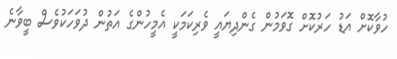
ހުވާކޮށް އަޑު ހަރުކޮށް ގޮވަމުން ގެންދިޔައީ ވެރިކަމަކީ އެމީހުންގެ އަތުން ދުވަހަކުވެސް ބީވާނެ